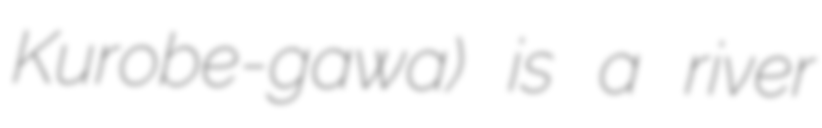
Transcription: Kurobe-gawa) is a river